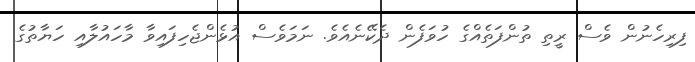
ފިރިހެނުން ވެސް ރީތި ތުންފަތެއްގެ ހުވަފެން ދެކޭނެއެވެ. ނަމަވެސް އުޅެންޖެހިފައިވާ މާހައުލާއި ހަޔާތުގެ